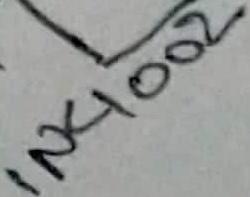
Text: IN4002